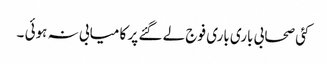
کئی صحابی باری باری فوج لے گئے پر کا میابی نہ ہوئی ۔